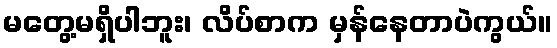
မတွေ့မရှိပါဘူး၊ လိပ်စာက မှန်နေတာပဲကွယ်။